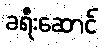
ခရီးဆောင်